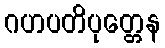
ဂဟပတိပုတ္တေန